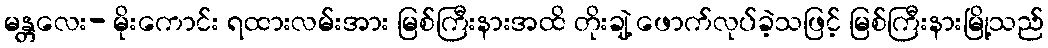
မန္တလေး- မိုးကောင်း ရထားလမ်းအား မြစ်ကြီးနားအထိ တိုးချဲ့ ဖောက်လုပ်ခဲ့သဖြင့် မြစ်ကြီးနားမြို့သည်